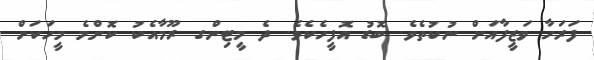
ފަރަހާ ވަޒީފާއަށް ނުކުތެވެ. ބޮޑު އޮފީހެކެވެ. ދެ މީޓިންގ ރޫމާއެކު ކޮންމެ މީހަކަށް